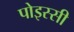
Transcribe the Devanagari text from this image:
पोइस्सी